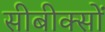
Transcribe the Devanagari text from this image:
सीबीक्सों